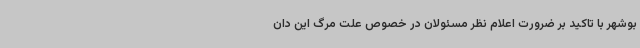
بوشهر با تاکید بر ضرورت اعلام نظر مسئولان در خصوص علت مرگ این دان